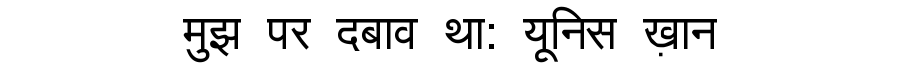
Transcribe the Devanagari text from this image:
मुझ पर दबाव था: यूनिस ख़ान